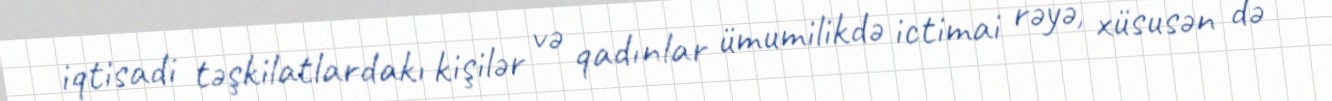
iqtisadi təşkilatlardakı kişilər və qadınlar ümumilikdə ictimai rəyə, xüsusən də